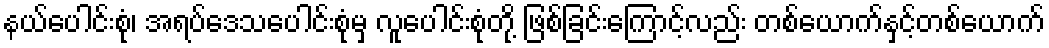
နယ်ပေါင်းစုံ၊ အရပ်ဒေသပေါင်းစုံမှ လူပေါင်းစုံတို့ ဖြစ်ခြင်းကြောင့်လည်း တစ်ယောက်နှင့်တစ်ယောက်